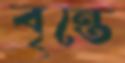
বৃন্তে